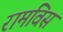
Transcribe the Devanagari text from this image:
रामविसं